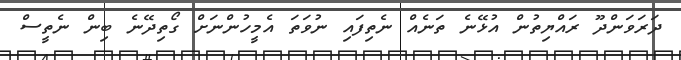
ދަރަވަންދޫ ރައްޔިތުން އުޅޭނެ ތަނެއް ނެތިފައި ނުވަތަ އެމީހުންނަށް ގޯތިދޭނެ ބިން ނެތީސް